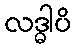
လဒ္ဓါပိ